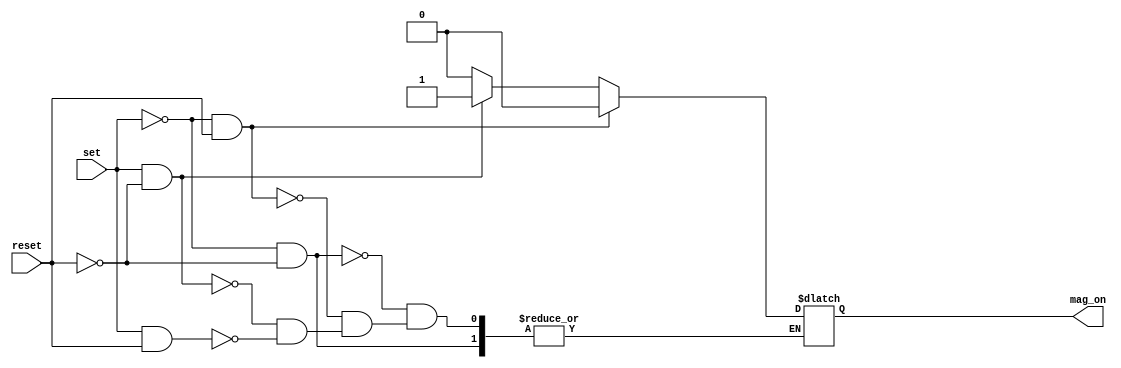
module latch_sr(input wire set, reset,
                output reg mag_on); // mag_on seria a saida Q do latch SR padrao

  always @*
    
    if (set == 0 && reset == 0) begin
      mag_on <= mag_on;
    end
    else if (set == 0 && reset == 1) begin
      mag_on <= 0;
    end
    else if (set == 1 && reset == 0) begin
      mag_on <= 1;
    end
    else if (set == 1 && reset == 1) begin
      mag_on <= 0;
    end
    
endmodule